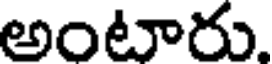
అంటారు.